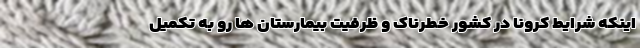
اینکه شرایط کرونا در کشور خطرناک و ظرفیت بیمارستان ها رو به تکمیل